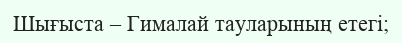
Шығыста – Гималай тауларының етегі;